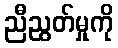
ညီညွတ်မှုကို